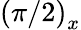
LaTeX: \left(\pi/2\right)_{x}